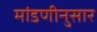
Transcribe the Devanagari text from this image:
मांडणीनुसार